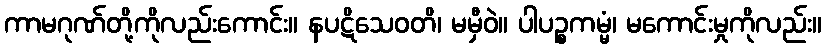
ကာမဂုဏ်တို့ကိုလည်းကောင်း။ နပဋိသေဝတိ၊ မမှီဝဲ။ ပါပဉ္စကမ္မံ၊ မကောင်းမှုကိုလည်း။